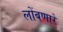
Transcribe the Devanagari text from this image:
लोंबणारे